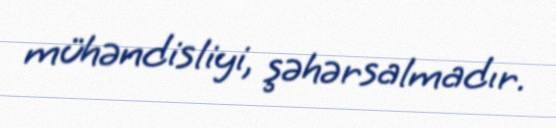
mühəndisliyi, şəhərsalmadır.